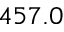
4 5 7 . 0